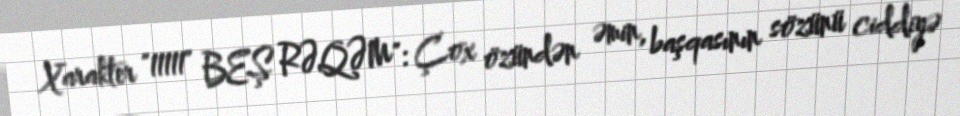
Xarakter "11111" BEŞ RƏQƏM": Çox özündən əmin, başqasının sözünü ciddiyə